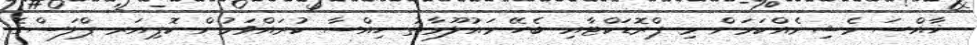
ޚާއްސަ މެޝިނެއްކަމަށް މި ޕްރޮޑަކްޓާއި ބެހޭ މައުލޫމާތު ހިއްސާ ކުރައްވަމުން ކޮޕިއަރ ޕްލަސްގެ